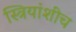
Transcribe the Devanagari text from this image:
स्त्रियांशीच